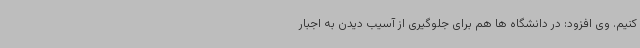
کنیم. وی افزود: در دانشگاه ها هم برای جلوگیری از آسیب دیدن به اجبار